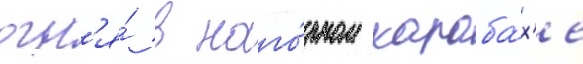
огн'я́ в наго́рном караба́х'е